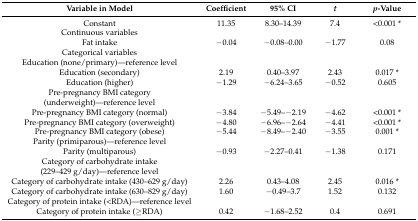
| Variable in Model | Coefficient | 95% CI | t | p-Value |
 | --- | --- | --- | --- | --- |
 | Constant | 11.35 | 8.30–14.39 | 7.4 | <0.001 * |
 | Continuous variables |  |  |  |  |
 | Fat intake | −0.04 | −0.08–0.00 | −1.77 | 0.08 |
 | Categorical variables | <COLSPAN=4>  |
 | Education (none/primary)—reference level | <COLSPAN=4>  |
 | Education (secondary) | 2.19 | 0.40–3.97 | 2.43 | 0.017 * |
 | Education (higher) | −1.29 | −6.24–3.65 | −0.52 | 0.605 |
 | Pre-pregnancy BMI category (underweight)—reference level | <COLSPAN=4>  |
 | Pre-pregnancy BMI category (normal) | −3.84 | −5.49–−2.19 | −4.62 | <0.001 * |
 | Pre-pregnancy BMI category (overweight) | −4.80 | −6.96–−2.64 | −4.41 | <0.001 * |
 | Pre-pregnancy BMI category (obese) | −5.44 | −8.49–−2.40 | −3.55 | 0.001 * |
 | Parity (primiparous)—reference level | <COLSPAN=4>  |
 | Parity (multiparous) | −0.93 | −2.27–0.41 | −1.38 | 0.171 |
 | Category of carbohydrate intake (229–429 g/day)—reference level | <COLSPAN=4>  |
 | Category of carbohydrate intake (430–629 g/day) | 2.26 | 0.43–4.08 | 2.45 | 0.016 * |
 | Category of carbohydrate intake (630–829 g/day) | 1.60 | −0.49–3.7 | 1.52 | 0.132 |
 | Category of protein intake (<RDA)—reference level | <COLSPAN=4>  |
 | Category of protein intake (≥RDA) | 0.42 | −1.68–2.52 | 0.4 | 0.691 |